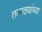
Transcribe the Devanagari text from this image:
तलाठयांच्या